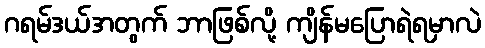
ဂရမ်ဒယ်အတွက် ဘာဖြစ်လို့ ကျိန်မပြောရဲရမှာလဲ